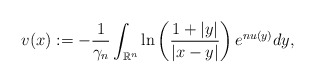
\begin{align*}v(x):=-\frac{1}{\gamma_{n}}\int_{\mathbb{R}^{n}}\ln\left(\frac{1+|y|}{|x-y|}\right)e^{n u(y)}dy,\end{align*}